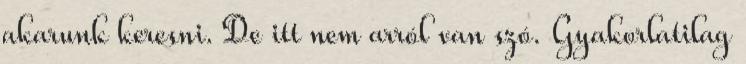
akarunk keresni. De itt nem arról van szó. Gyakorlatilag